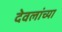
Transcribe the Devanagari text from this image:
देवलांच्या